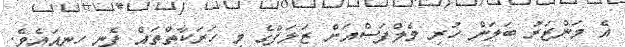
އެ މަންޒަރު ބަލަން ހުރި މެލްފަސްއަށް ޒަލަފްގެ މި ހަރަކާތްތައް ފެނި ހިނިއައެވެ.